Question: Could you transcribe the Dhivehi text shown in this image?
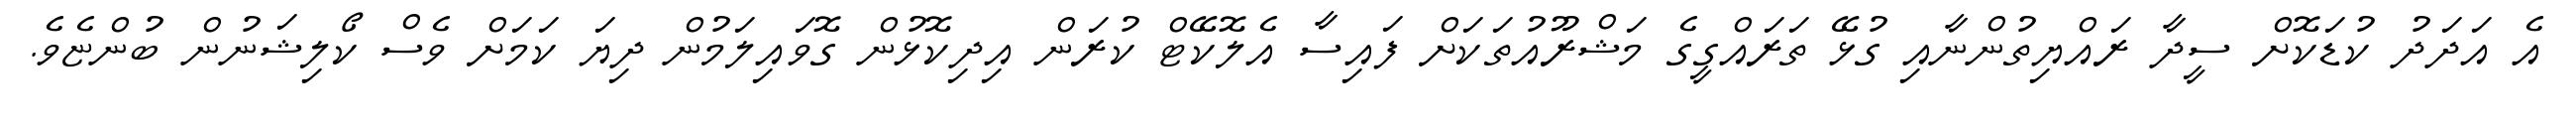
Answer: އެ އަދަދު ކުޑަކޮށް ސީދާ ރައްޔިތުންނާއި ގުޅޭ ތަރައްގީގެ މަޝްރޫއުތަކަށް ފައިސާ އެލޮކޭޓް ކުރަން އިދިކޮޅުން ގޮވައިލަމުން ދިޔަ ކަމަށް ވެސް ކޯލިޝަނުން ބުންޏެވެ.